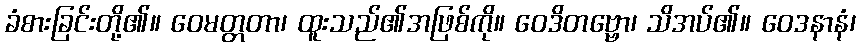
ခံစားခြင်းတို့၏။ ဝေမတ္တတာ၊ ထူးသည်၏အဖြစ်ကို။ ဝေဒိတဗ္ဗော၊ သိအပ်၏။ ဝေဒနာနံ၊